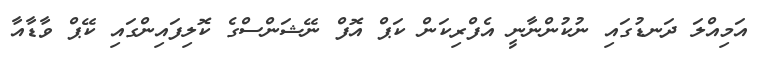
އަމިއްލަ ދަނޑުގައި ނުކުންނާނީ އެފްރިކަން ކަޕް އޮފް ނޭޝަންސްގެ ކޮލިފައިންގައި ކޭޕް ވާޑާއާ